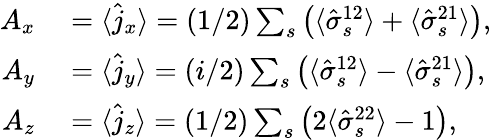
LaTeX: \begin{array}{rl}{A_{x}}&{{}=\langle\hat{j}_{x}\rangle=(1/2)\sum_{s}\left(\langle\hat{\sigma}_{s}^{12}\rangle+\langle\hat{\sigma}_{s}^{21}\rangle\right),}\\ {A_{y}}&{{}=\langle\hat{j}_{y}\rangle=(i/2)\sum_{s}\left(\langle\hat{\sigma}_{s}^{12}\rangle-\langle\hat{\sigma}_{s}^{21}\rangle\right),}\\ {A_{z}}&{{}=\langle\hat{j}_{z}\rangle=(1/2)\sum_{s}\left(2\langle\hat{\sigma}_{s}^{22}\rangle-1\right),}\end{array}